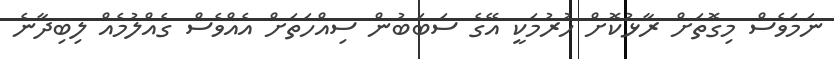
ނަމަވެސް މިގޮތަށް ރާޅުކޮށް ހުރުމަކީ އޭގެ ސަބަބުން ސިއްހަތަށް އެއްވެސް ގެއްލުމެއް ލިބިދާނެ